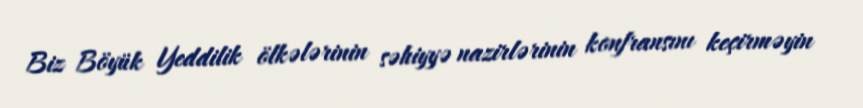
Biz Böyük Yeddilik ölkələrinin səhiyyə nazirlərinin konfransını keçirməyin